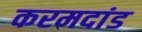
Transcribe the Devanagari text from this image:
करमदांड